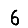
Digit: 6